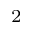
^ 2